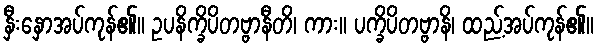
နှီးနှောအပ်ကုန်၏။ ဥပနိက္ခိပိတဗ္ဗာနီတိ၊ ကား။ ပက္ခိပိတဗ္ဗာနိ၊ ထည့်အပ်ကုန်၏။